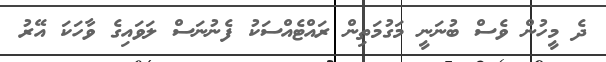
ދެ މީހުން ވެސް ބުނަނީ މަގުމަތިން ރައްޓެއްސަކު ފެނުނަސް ލަވައިގެ ވާހަކަ އޭރު